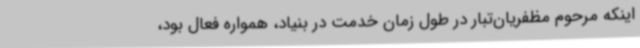
اینکه مرحوم مظفریان‌تبار در طول زمان خدمت در بنیاد، همواره فعال بود،